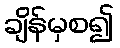
ချိန်မှစ၍